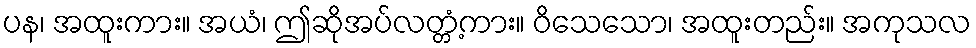
ပန၊ အထူးကား။ အယံ၊ ဤဆိုအပ်လတ္တံ့ကား။ ဝိသေသော၊ အထူးတည်း။ အကုသလ